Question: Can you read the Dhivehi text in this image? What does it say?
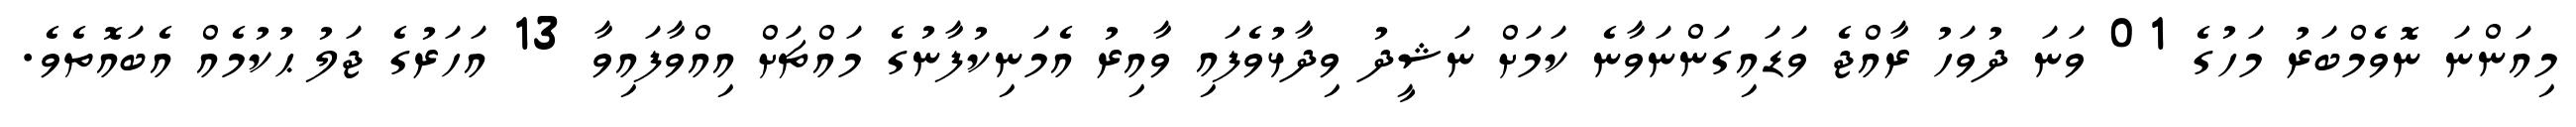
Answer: މިއަންނަ ނޮވެމްބަރު މަހުގެ 01 ވަނަ ދުވަހު ރާއްޖެ ވަޑައިގަންނަވާނެ ކަމަށް ނަޝީދު ވިދާޅުވެފައި ވާއިރު އެމަނިކުފާނުގެ މައްޗަށް އިއްވާފައިވާ 13 އަހަރުގެ ޖަލު ޙުކުމެއް އެބައޮތެވެ.